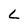
Character: L